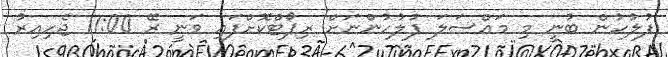
ފުލުހުން ބުނީ މި މައްސަލަ ފުލުހުންނަށް ރިޕޯޓްކޮށްފައި ވަނީ ރޭ 11:00 ޖެހިއިރު